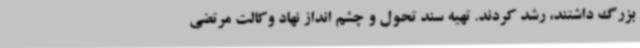
بزرگ داشتند، رشد کردند. تهیه سند تحول و چشم انداز نهاد وکالت مرتضی